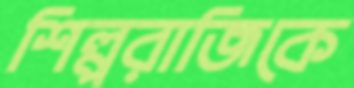
শিল্পরাজিকে